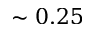
\sim 0 . 2 5